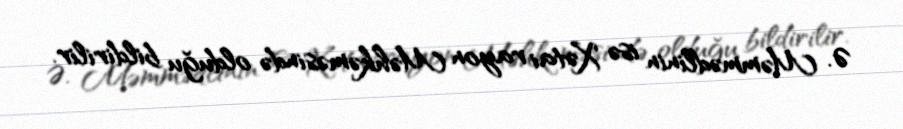
Ə. Məmmədlinin isə Xətai rayon Məhkəməsində olduğu bildirilir.